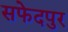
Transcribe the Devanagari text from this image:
सफेदपुर